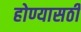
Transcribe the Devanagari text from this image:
होण्यासठी